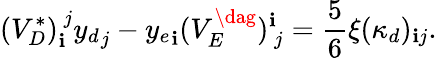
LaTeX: (V_{D}^{*})_{\mathbf{i}}^{~j}{y_{d}}_{j}-{y_{e}}_{\mathbf{i}}(V_{E}^{\dag})_{~j}^{\mathbf{i}}=\frac{{5}}{{6}}\xi(\kappa_{d})_{\mathbf{i}j}.